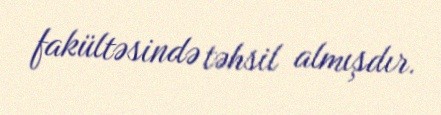
fakültəsində təhsil almışdır.